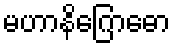
မဟာနိဂြောဓော